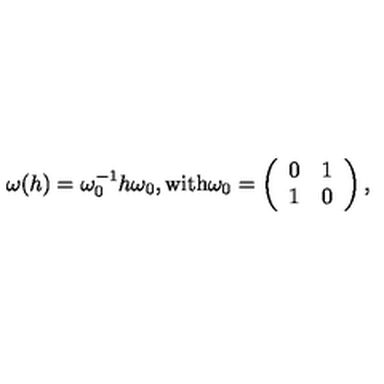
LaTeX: \omega ( h ) = \omega _ { 0 } ^ { - 1 } h \omega _ { 0 } , \mathrm { w i t h } \omega _ { 0 } = \left( \begin{array} { c c } { 0 } & { 1 } \\ { 1 } & { 0 } \\ \end{array} \right) ,